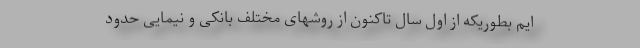
ایم بطوریکه از اول سال تاکنون از روشهای مختلف بانکی و نیمایی حدود